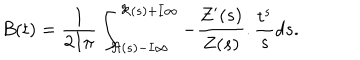
B ( t ) = \frac { 1 } { 2 I \pi } \int _ { \Re ( s ) - I \infty } ^ { \Re ( s ) + I \infty } - \frac { Z ^ { \prime } ( s ) } { Z ( s ) } . \frac { t ^ { s } } { s } d s .